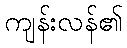
ကျန်းလန်၏